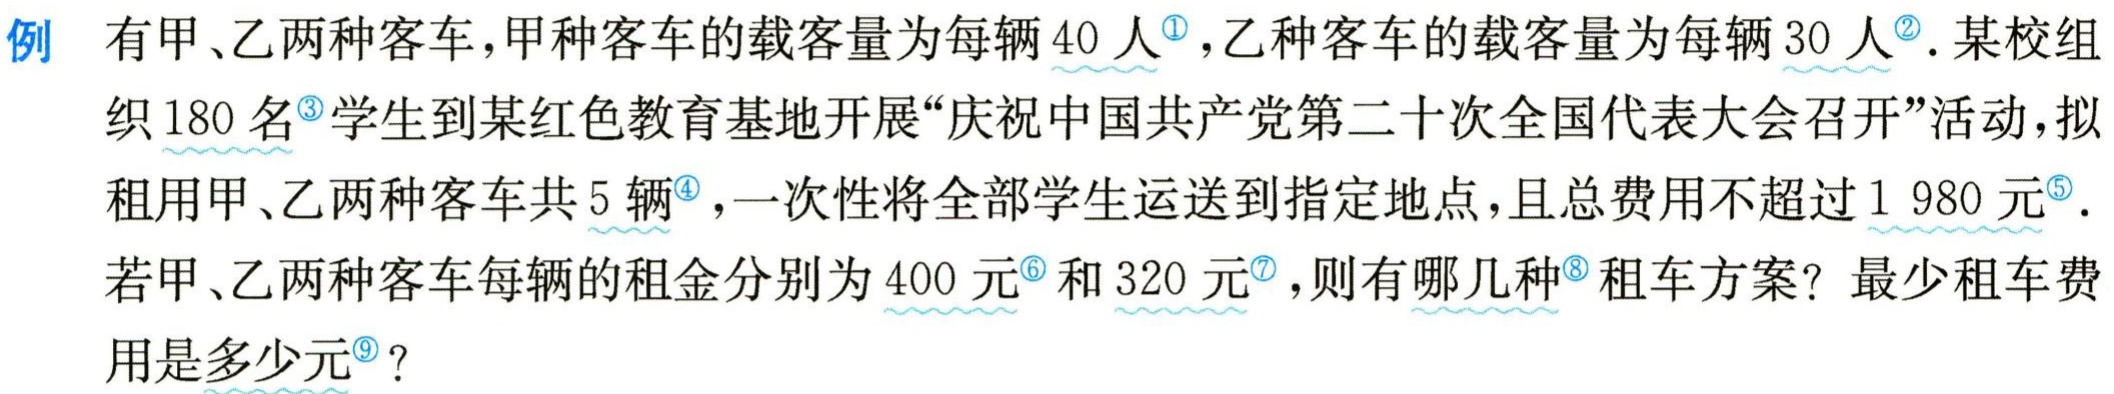
例 有甲、乙两种客车，甲种客车的载客量为每辆\(40\)人，乙种客车的载客量为每辆\(30\)人. 某校组织\(180\)名学生到某红色教育基地开展“庆祝中国共产党第二十次全国代表大会召开”活动，拟租用甲、乙两种客车共\(5\)辆，一次性将全部学生运送到指定地点，且总费用不超过\(1980\)元. 若甲、乙两种客车每辆的租金分别为\(400\)元和\(320\)元，则有哪几种租车方案？最少租车费用是多少元？